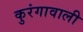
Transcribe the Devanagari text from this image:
कुरंगावाली